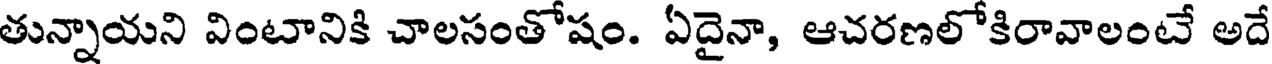
తున్నాయని వింటానికి చాలసంతోషం. ఏదైనా, ఆచరణలోకిరావాలంటే అదే